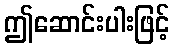
ဤဆောင်းပါးဖြင့်